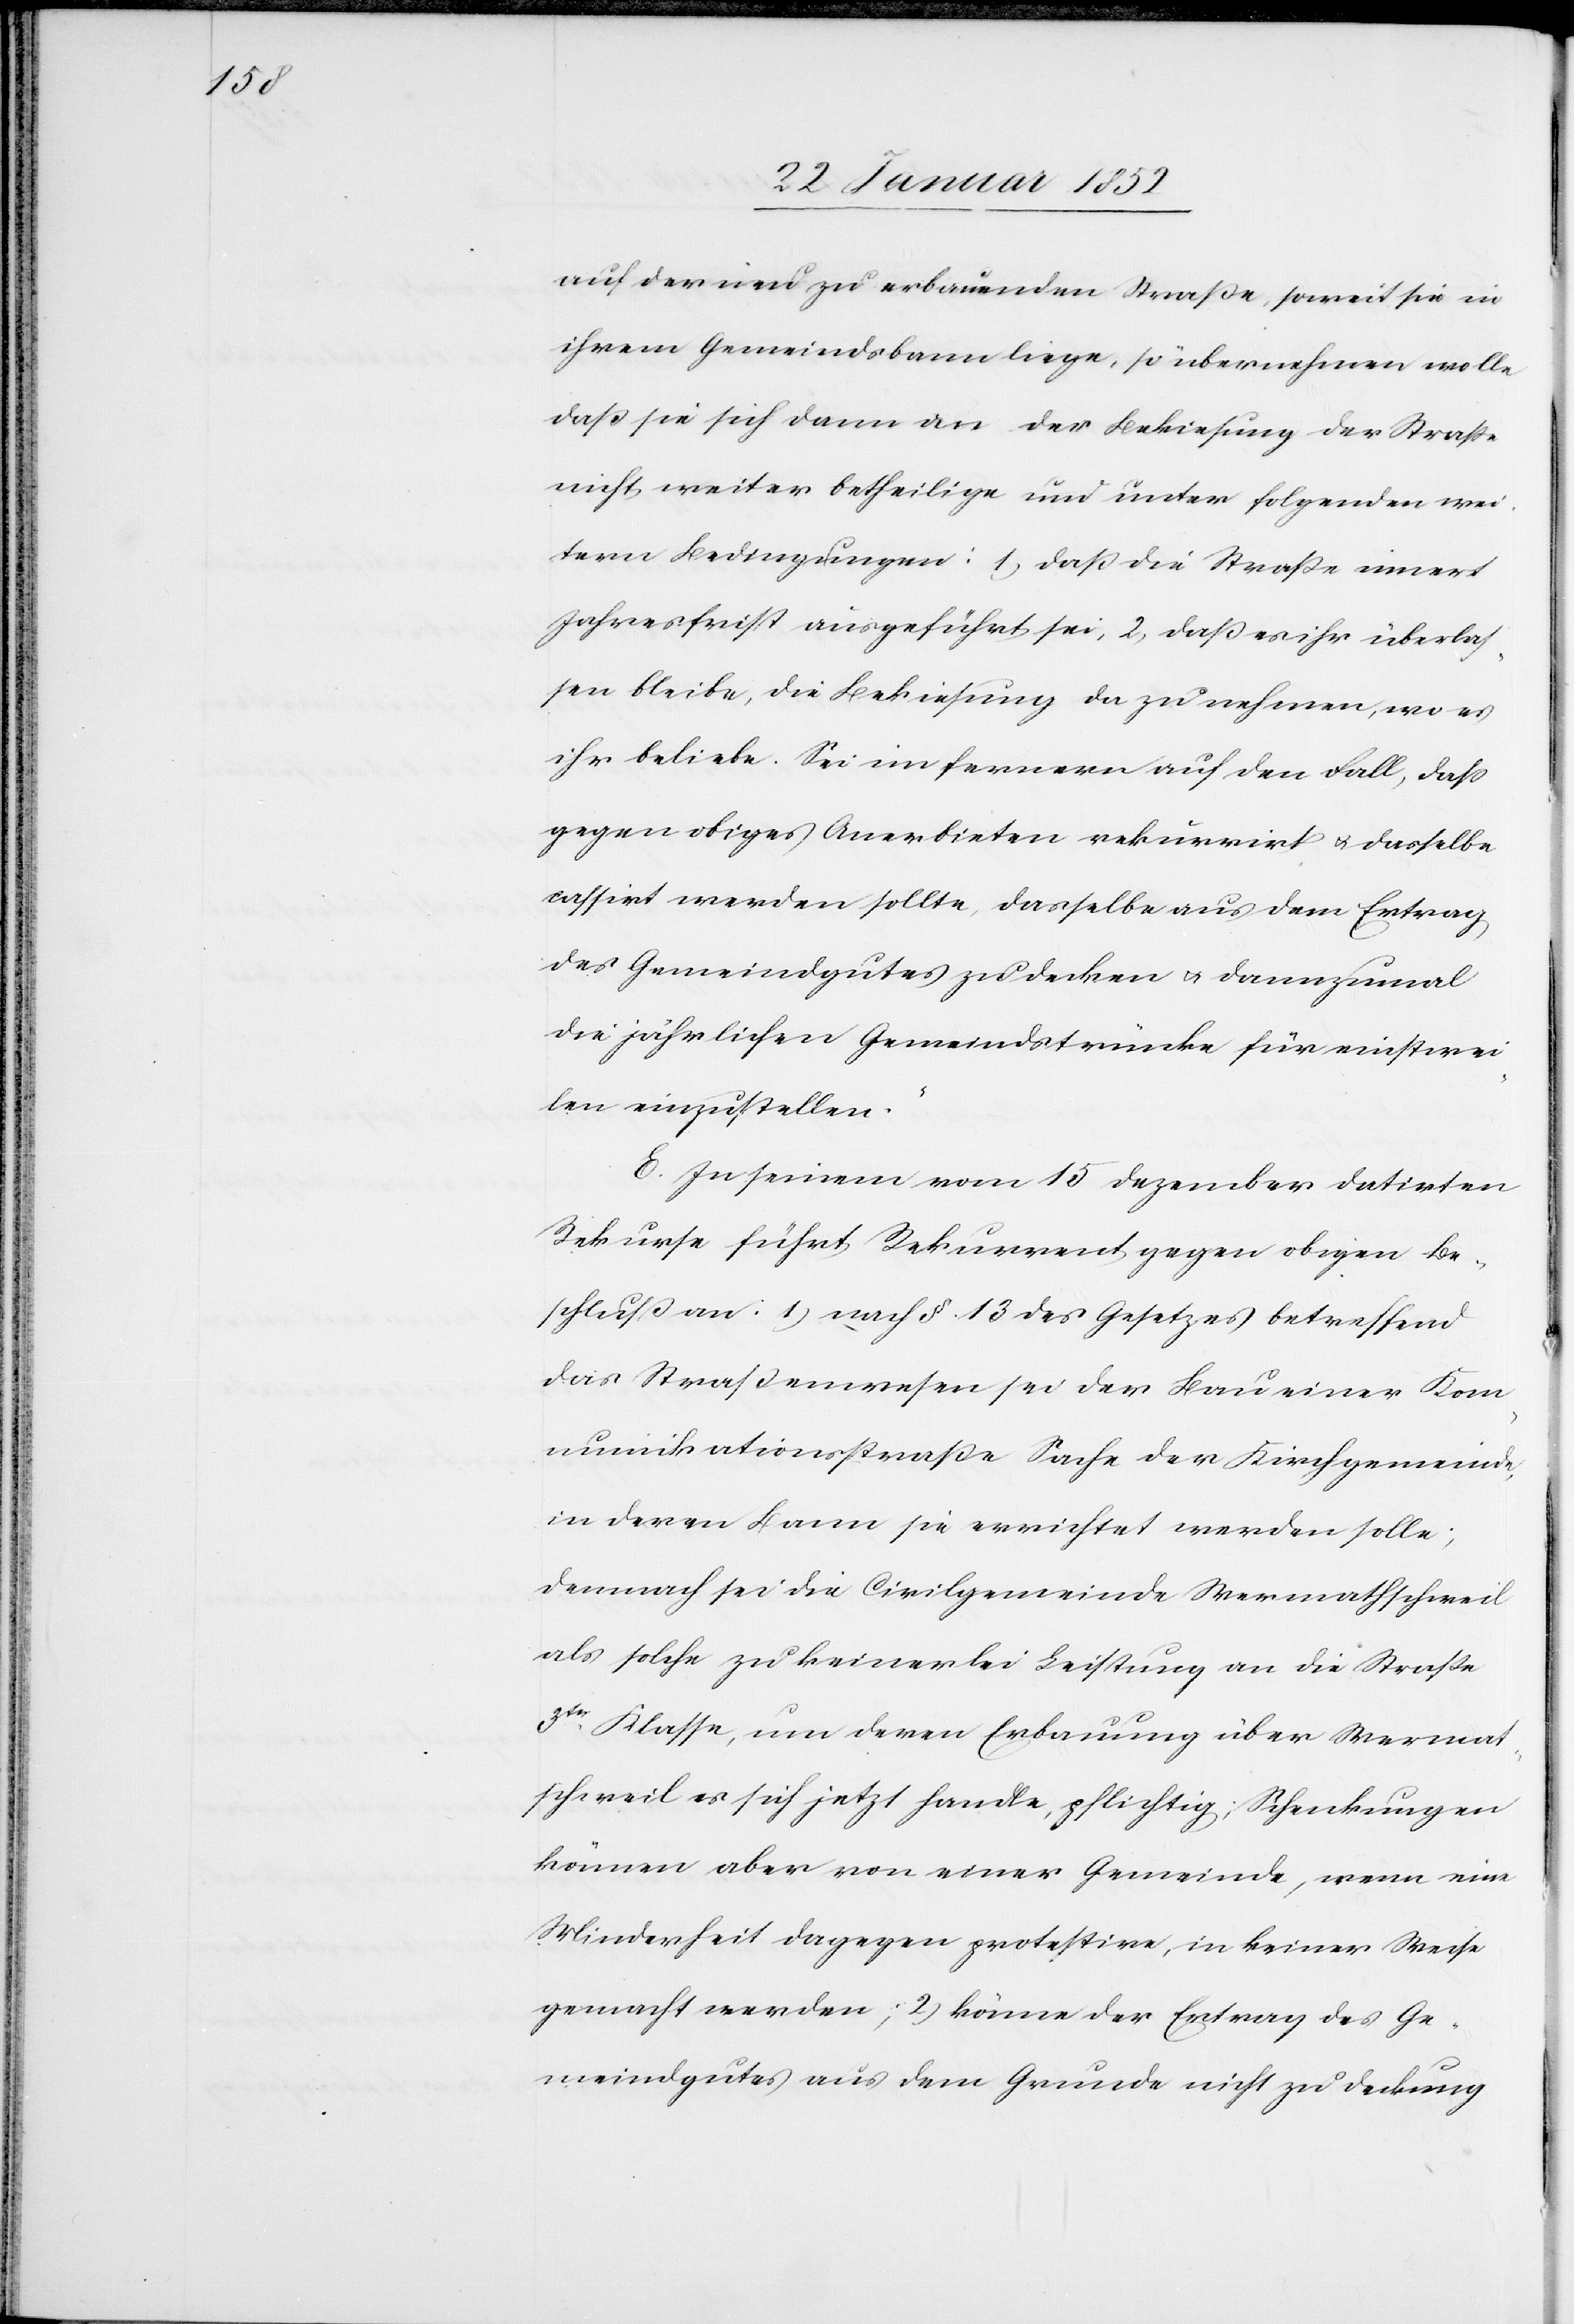
auf der neu zu erbauenden Straße, soweit sie in
ihrem Gemeindsbann liege, so übernehmen wolle,
daß sie sich dann an der Bekiesung der Straße
nicht weiter betheilige und unter folgenden wei¬
tern Bedingungen: 1) daß die Straße innert
Jahresfrist ausgeführt sei, 2) daß es ihr überlas¬
sen bleibe, die Bekiesung da zu nehmen, wo es
ihr beliebe. Sei im fernern auf den Fall, daß
gegen obiges Anerbieten rekurrirt u. dasselbe
cassirt werden sollte, dasselbe aus dem Ertrag
des Gemeindgutes zu decken u. dannzumal
die jährlichen Gemeindstrünke für einstwei¬
len einzustellen.
E. In seinem vom 15 Dezember datirten
Rekurse führt Rekurrent gegen obigen Be¬
schluß an: 1) nach §. 13 des Gesetzes betreffend
das Straßenwesen sei der Bau einer Kom¬
munikationsstraße Sache der Kirchgemeinde
in deren Bann sie errichtet werden solle;
demnach sei die Civilgemeinde Wermathschweil
als solche zu keinerlei Leistung an die Straße
3ter Klasse, um deren Erbauung über Wermat¬
schweil es sich jetzt handle, pflichtig; Schenkungen
können aber von einer Gemeinde, wenn eine
Minderheit dagegen protestire, in keiner Weise
gemacht werden; 2) könne der Ertrag des Ge¬
meindgutes aus dem Grunde nicht zu Deckung